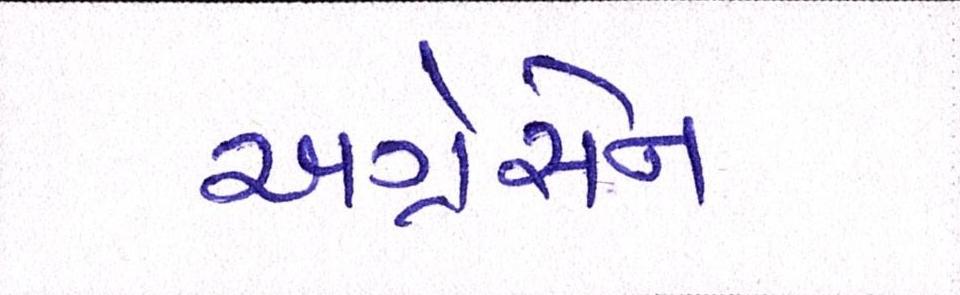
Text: અગ્રેસેન